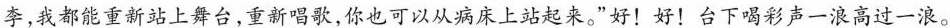
李，我都能重新站上舞台，重新唱歌，你也可以从病床上站起来。”好！好！台下喝彩声一浪高过一浪。